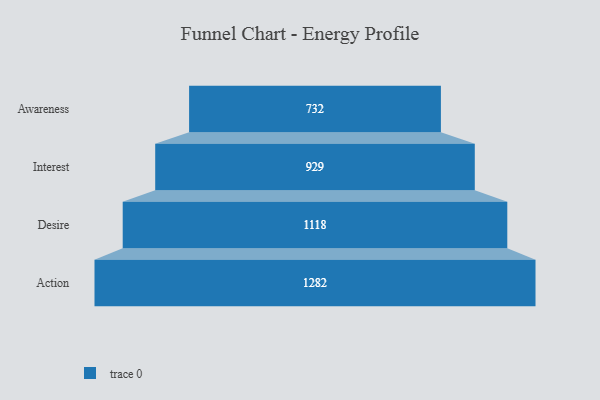
{"axis": {"x": "Stage", "y": "Value"}, "legend": [""], "data": [{"x": "Awareness", "y": 732.0, "type": ""}, {"x": "Interest", "y": 929.0, "type": ""}, {"x": "Desire", "y": 1118.0, "type": ""}, {"x": "Action", "y": 1282.0, "type": ""}]}